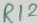
Text: R12